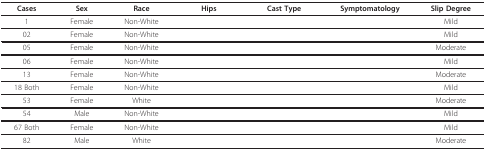
<table><thead><tr><td><b>Cases</b></td><td><b>Sex</b></td><td><b>Race</b></td><td><b>Hips</b></td><td><b>Cast Type</b></td><td><b>Symptomatology</b></td><td><b>Slip Degree</b></td></tr></thead><tbody><tr><td>1</td><td>Female</td><td>Non-White</td><td>[EMPTY_CELL]</td><td>[EMPTY_CELL]</td><td>[EMPTY_CELL]</td><td>Mild</td></tr><tr><td>02</td><td>Female</td><td>Non-White</td><td>[EMPTY_CELL]</td><td>[EMPTY_CELL]</td><td>[EMPTY_CELL]</td><td>Mild</td></tr><tr><td>05</td><td>Female</td><td>Non-White</td><td>[EMPTY_CELL]</td><td>[EMPTY_CELL]</td><td>[EMPTY_CELL]</td><td>Moderate</td></tr><tr><td>06</td><td>Female</td><td>Non-White</td><td>[EMPTY_CELL]</td><td>[EMPTY_CELL]</td><td>[EMPTY_CELL]</td><td>Mild</td></tr><tr><td>13</td><td>Female</td><td>Non-White</td><td>[EMPTY_CELL]</td><td>[EMPTY_CELL]</td><td>[EMPTY_CELL]</td><td>Moderate</td></tr><tr><td>18 Both</td><td>Female</td><td>Non-White</td><td>[EMPTY_CELL]</td><td>[EMPTY_CELL]</td><td>[EMPTY_CELL]</td><td>Mild</td></tr><tr><td>53</td><td>Female</td><td>White</td><td>[EMPTY_CELL]</td><td>[EMPTY_CELL]</td><td>[EMPTY_CELL]</td><td>Moderate</td></tr><tr><td>54</td><td>Male</td><td>Non-White</td><td>[EMPTY_CELL]</td><td>[EMPTY_CELL]</td><td>[EMPTY_CELL]</td><td>Mild</td></tr><tr><td>67 Both</td><td>Female</td><td>Non-White</td><td>[EMPTY_CELL]</td><td>[EMPTY_CELL]</td><td>[EMPTY_CELL]</td><td>Mild</td></tr><tr><td>82</td><td>Male</td><td>White</td><td>[EMPTY_CELL]</td><td>[EMPTY_CELL]</td><td>[EMPTY_CELL]</td><td>Moderate</td></tr></tbody></table>